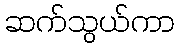
ဆက်သွယ်ကာ